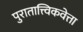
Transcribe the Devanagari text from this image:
पुरातात्त्विकवेत्ता